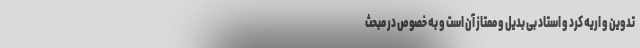
تدوین و اریه کرد و استاد بی بدیل و ممتاز آن است و به خصوص در مبحث